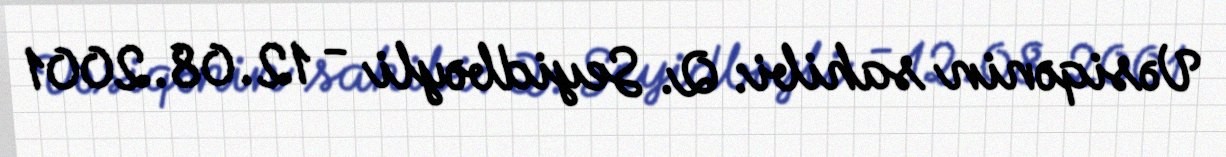
Vəsiqənin sahibi: Q. Seyidbəyli - 12.08.2001